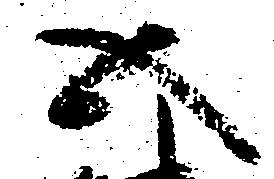
五